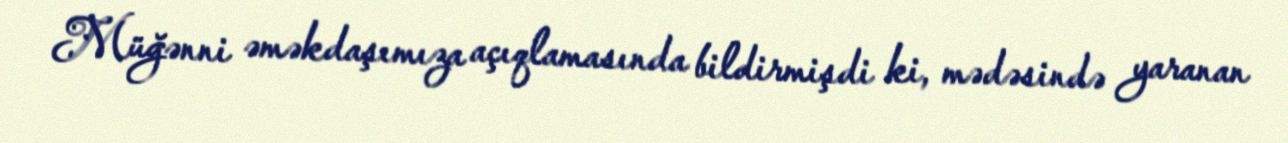
Müğənni əməkdaşımıza açıqlamasında bildirmişdi ki, mədəsində yaranan